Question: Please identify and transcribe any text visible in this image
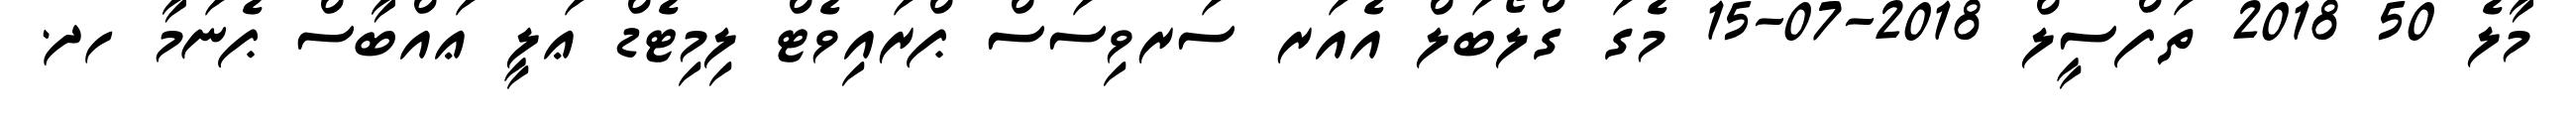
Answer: މާލެ 50 2018 ތަފްސީލް 2018-07-15 މެގަ ގްލޯބަލް އެއަރ ސަރވިސަސް ޕްރައިވެޓް ލިމިޓެޑް ޢަލީ ޢައްބާސް ޕެނަމާ ހދ.